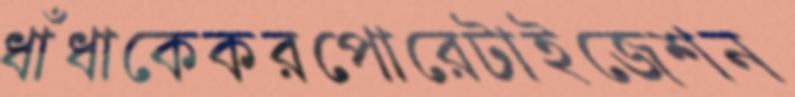
ধাঁধাকেকরপোরেটাইজেশন